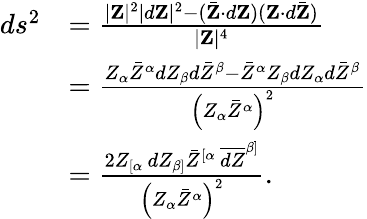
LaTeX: {\begin{array}{rl}{ds^{2}}&{={\frac{|\mathbf{Z}|^{2}|d\mathbf{Z}|^{2}-({\bar{\mathbf{Z}}}\cdot d\mathbf{Z})(\mathbf{Z}\cdot d{\bar{\mathbf{Z}}})}{|\mathbf{Z}|^{4}}}}\\ &{={\frac{Z_{\alpha}{\bar{Z}}^{\alpha}dZ_{\beta}d{\bar{Z}}^{\beta}-{\bar{Z}}^{\alpha}Z_{\beta}dZ_{\alpha}d{\bar{Z}}^{\beta}}{\left(Z_{\alpha}{\bar{Z}}^{\alpha}\right)^{2}}}}\\ &{={\frac{2Z_{[\alpha}\, dZ_{\beta]}{\bar{Z}}^{[\alpha}\, {\overline{{dZ}}}^{\beta]}}{\left(Z_{\alpha}{\bar{Z}}^{\alpha}\right)^{2}}}.}\end{array}}